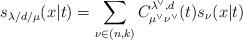
LaTeX: \begin{align*}s_{\lambda /d/\mu }(x|t)=\sum_{\nu \in (n,k)}C_{\mu ^{\vee }\nu ^{\vee}}^{\lambda ^{\vee },d}(t)s_{\nu }(x|t)\; \end{align*}